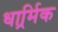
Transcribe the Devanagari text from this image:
धार्र्मिक